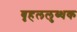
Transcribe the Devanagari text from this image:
बृहललुब्धक